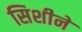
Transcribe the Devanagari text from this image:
सिशीने